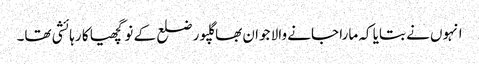
انہوں نے بتایا کہ مارا جانے والا جوان بھاگلپور ضلع کے نوگچھیا کا رہائشی تھا۔